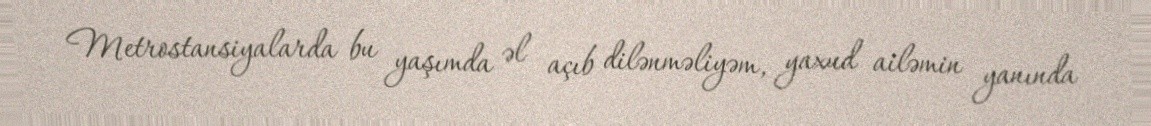
Metrostansiyalarda bu yaşımda əl açıb dilənməliyəm, yaxud ailəmin yanında